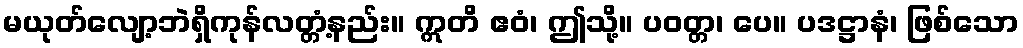
မယုတ်လျော့ဘဲရှိကုန်လတ္တံ့နည်း။ ဣတိ ဧဝံ၊ ဤသို့။ ပဝတ္တ၊ ပေ။ ပဒဋ္ဌာနံ၊ ဖြစ်သော